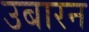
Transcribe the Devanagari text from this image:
उबारन